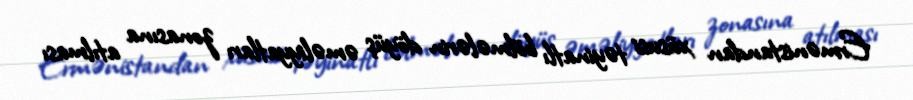
Ermənistandan xüsusi təyinatlı bölmələrin döyüş əməliyyatları zonasına atılması